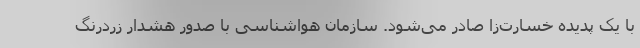
با یک پدیده خسارت‌زا صادر می‌شود. سازمان هواشناسی با صدور هشدار زردرنگ